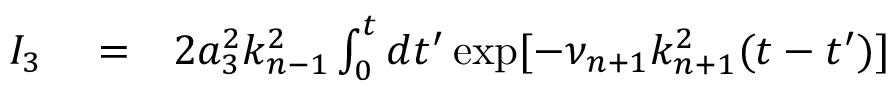
\begin{array} { r l r } { I _ { 3 } } & { { } = } & { 2 a _ { 3 } ^ { 2 } k _ { n - 1 } ^ { 2 } \int _ { 0 } ^ { t } d t ^ { \prime } \exp [ - \nu _ { n + 1 } k _ { n + 1 } ^ { 2 } ( t - t ^ { \prime } ) ] } \end{array}